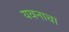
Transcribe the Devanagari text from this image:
यवनाचा